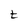
Character: t